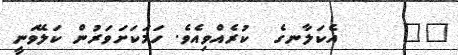
١٥     އެކަލާނގެ  ކުރެއްވިއެވެ. ހަމަކަށަވަރުން ކަލޭވަނީ